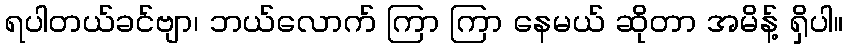
ရပါတယ်ခင်ဗျာ၊ ဘယ်လောက် ကြာ ကြာ နေမယ် ဆိုတာ အမိန့် ရှိပါ။